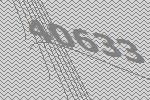
40633